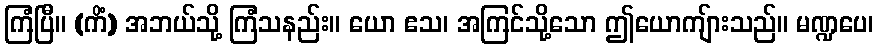
ကြံပြီ။ (ကိံ) အဘယ်သို့ ကြံသနည်း။ ယော ဧသ၊ အကြင်သို့သော ဤယောကျ်ားသည်။ မဏ္ဍပေ၊